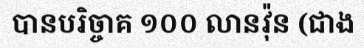
បានបរិច្ចាគ ១០០ លានវ៉ុន (ជាង